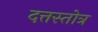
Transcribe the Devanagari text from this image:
दत्तस्तोत्र